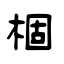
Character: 棝